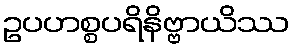
ဥပဟစ္စပရိနိဗ္ဗာယိဿ